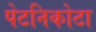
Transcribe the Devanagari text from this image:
पेटनिकोटा